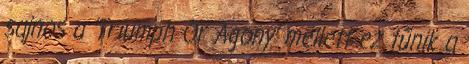
sajnos a ’Triumph Or Agony’ mellett ez tűnik a